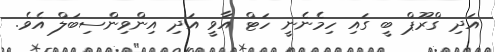
އަދި ގްރޫޕް ބީ ގައި ހިމެނެނީ ހަޓް އާވީ އަދި އިންވިންސިބަލް އެވެ.